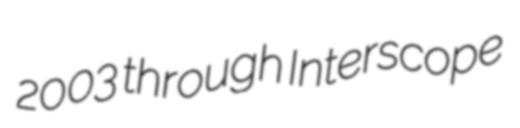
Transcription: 2003 through Interscope